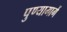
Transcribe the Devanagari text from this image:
पुण्यामार्गे